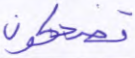
تضحكون